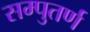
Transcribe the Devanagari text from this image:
सम्पुतर्ण